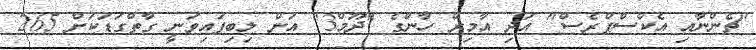
"ޗެންނާއި އެކްސްޕްރެސް" އަދި އާމިރް ހާންގެ "ދޫމް3" އަށް ލިބިފައިވަނީ ގާތްގަޑަކަށް 265